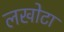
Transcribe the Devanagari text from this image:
लखोटा